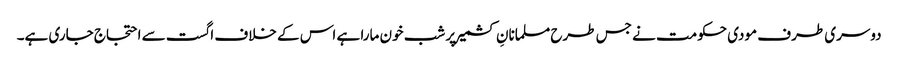
دوسری طرف مودی حکومت نے جس طرح مسلمانانِ کشمیر پر شب خون مارا ہے اس کے خلاف اگست سے احتجاج جاری ہے۔